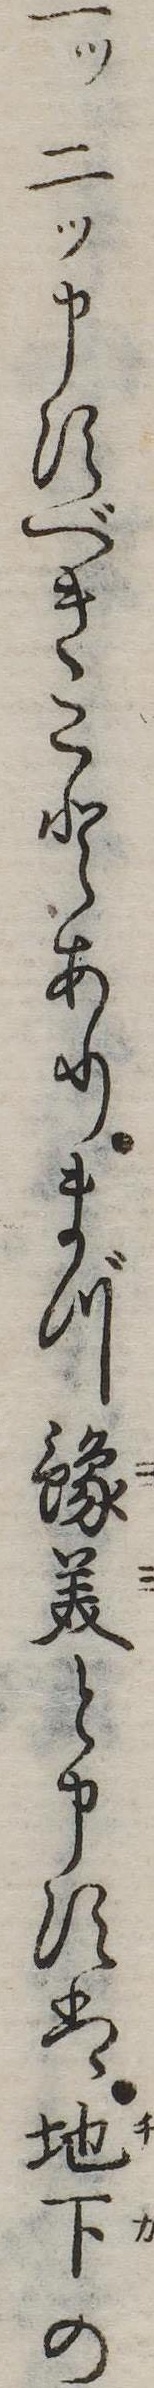
一ツ二ツ申すべきことありまづ予美と申すは地下の